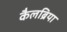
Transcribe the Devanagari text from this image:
कैलब्रिया